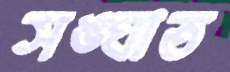
সঙ্ঘাত